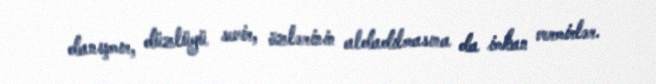
danışmır, düzlüyü sevir, özlərinin aldadılmasına da imkan vermirlər.